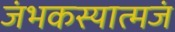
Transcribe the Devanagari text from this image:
जंभकस्यात्मजं